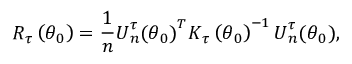
R _ { \boldsymbol { \tau } } \left( \boldsymbol { \theta } _ { 0 } \right) = \frac { 1 } { n } \boldsymbol { U } _ { n } ^ { \boldsymbol { \tau } } ( \boldsymbol { \theta } _ { 0 } \boldsymbol { ) } ^ { T } \boldsymbol { K } _ { \boldsymbol { \tau } } \left( \boldsymbol { \theta } _ { 0 } \right) ^ { - 1 } \boldsymbol { U } _ { n } ^ { \boldsymbol { \tau } } ( \boldsymbol { \theta } _ { 0 } ) ,